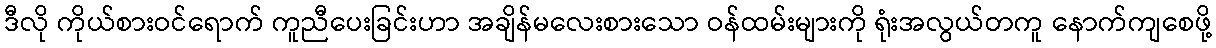
ဒီလို ကိုယ်စားဝင်ရောက် ကူညီပေးခြင်းဟာ အချိန်မလေးစားသော ဝန်ထမ်းများကို ရုံးအလွယ်တကူ နောက်ကျစေဖို့